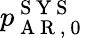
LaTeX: p_{\mathrm{~A~R~,~0~}}^{\mathrm{~S~Y~S~}}